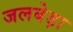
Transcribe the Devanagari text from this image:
जलबेड़ा